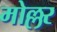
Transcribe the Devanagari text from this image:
मोल्लर